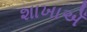
શાખાએઁ